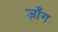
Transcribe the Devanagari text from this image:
ज़ाँग